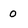
Character: 0